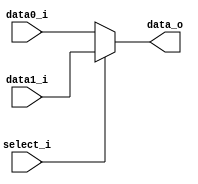
module MUX_2to1(
               input [size-1:0] data0_i,
               input [size-1:0] data1_i,
               input select_i,
               output [size-1:0] data_o
               );

parameter size = 0;

assign data_o = select_i == 0 ? data0_i : data1_i;

endmodule